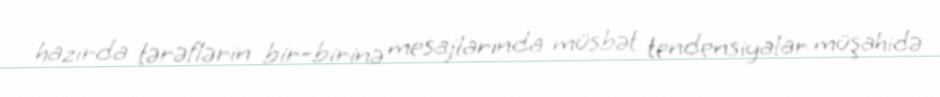
hazırda tərəflərin bir-birinə mesajlarında müsbət tendensiyalar müşahidə